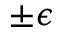
\pm \epsilon